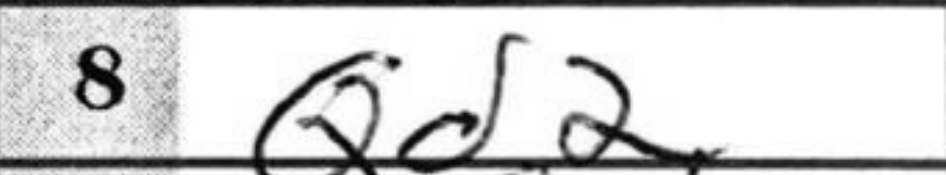
Transcription: Qd2